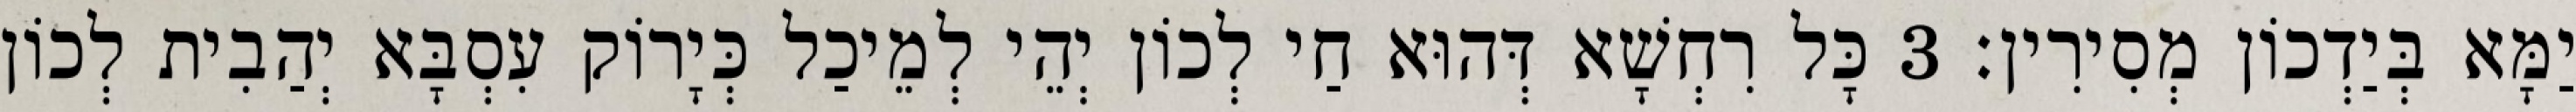
יַמָּא בְּיַדְכוֹן מְסִירִין׃ 3 כָּל רִחְשָׁא דְּהוּא חַי לְכוֹן יְהֵי לְמֵיכַל כְּיָרוֹק עִסְבָּא יְהַבִית לְכוֹן